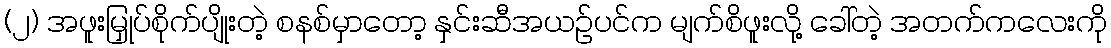
(၂) အဖူးမြှုပ်စိုက်ပျိုးတဲ့ စနစ်မှာတော့ နှင်းဆီအယဉ်ပင်က မျက်စိဖူးလို့ ခေါ်တဲ့ အတက်ကလေးကို